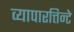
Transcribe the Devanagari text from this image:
व्यापारत्तिन्टे